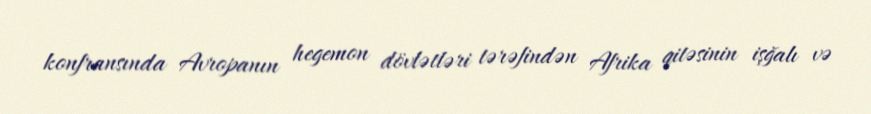
konfransında Avropanın hegemon dövlətləri tərəfindən Afrika qitəsinin işğalı və